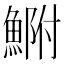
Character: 𩷺